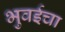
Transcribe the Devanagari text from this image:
भुवईचा